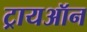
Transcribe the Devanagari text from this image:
ट्रायऑन